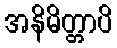
အနိမိတ္တာပိ